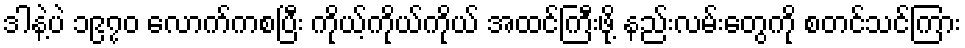
ဒါနဲ့ပဲ ၁၉၇၀ လောက်ကစပြီး ကိုယ့်ကိုယ်ကိုယ် အထင်ကြီးဖို့ နည်းလမ်းတွေကို စတင်သင်ကြား